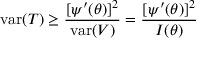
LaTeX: \operatorname { v a r } ( T ) \geq { \frac { [ \psi ^ { \prime } ( \theta ) ] ^ { 2 } } { \operatorname { v a r } ( V ) } } = { \frac { [ \psi ^ { \prime } ( \theta ) ] ^ { 2 } } { I ( \theta ) } }